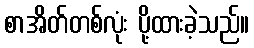
စာအိတ်တစ်လုံး ပို့ထားခဲ့သည်။